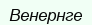
Венернге